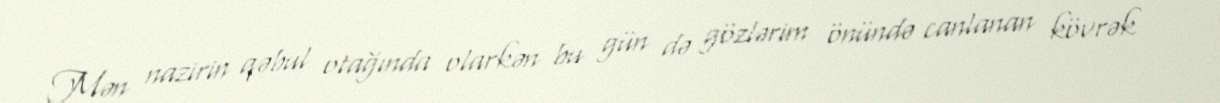
Mən nazirin qəbul otağında olarkən bu gün də gözlərim önündə canlanan kövrək